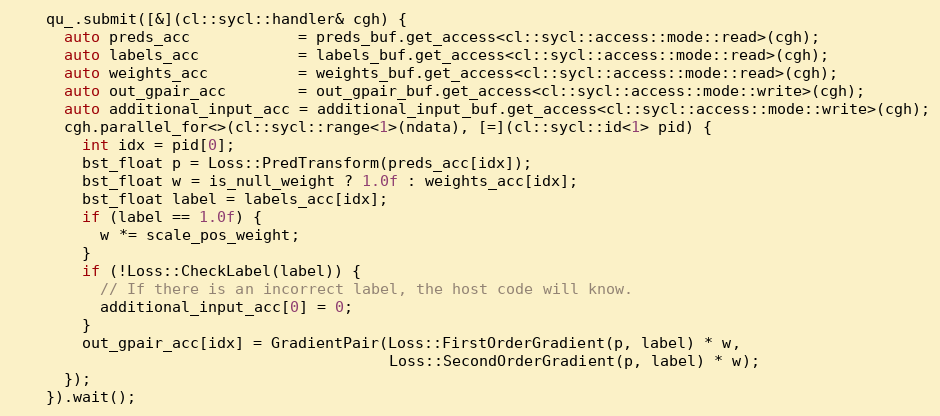
Language: C++
    qu_.submit([&](cl::sycl::handler& cgh) {
      auto preds_acc            = preds_buf.get_access<cl::sycl::access::mode::read>(cgh);
      auto labels_acc           = labels_buf.get_access<cl::sycl::access::mode::read>(cgh);
      auto weights_acc          = weights_buf.get_access<cl::sycl::access::mode::read>(cgh);
      auto out_gpair_acc        = out_gpair_buf.get_access<cl::sycl::access::mode::write>(cgh);
      auto additional_input_acc = additional_input_buf.get_access<cl::sycl::access::mode::write>(cgh);
      cgh.parallel_for<>(cl::sycl::range<1>(ndata), [=](cl::sycl::id<1> pid) {
        int idx = pid[0];
        bst_float p = Loss::PredTransform(preds_acc[idx]);
        bst_float w = is_null_weight ? 1.0f : weights_acc[idx];
        bst_float label = labels_acc[idx];
        if (label == 1.0f) {
          w *= scale_pos_weight;
        }
        if (!Loss::CheckLabel(label)) {
          // If there is an incorrect label, the host code will know.
          additional_input_acc[0] = 0;
        }
        out_gpair_acc[idx] = GradientPair(Loss::FirstOrderGradient(p, label) * w,
                                          Loss::SecondOrderGradient(p, label) * w);
      });
    }).wait();